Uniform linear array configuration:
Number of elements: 32
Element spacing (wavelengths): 0.5
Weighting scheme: hann
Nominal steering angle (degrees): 60
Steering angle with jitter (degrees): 59.419
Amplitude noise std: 0.05
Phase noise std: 0.05

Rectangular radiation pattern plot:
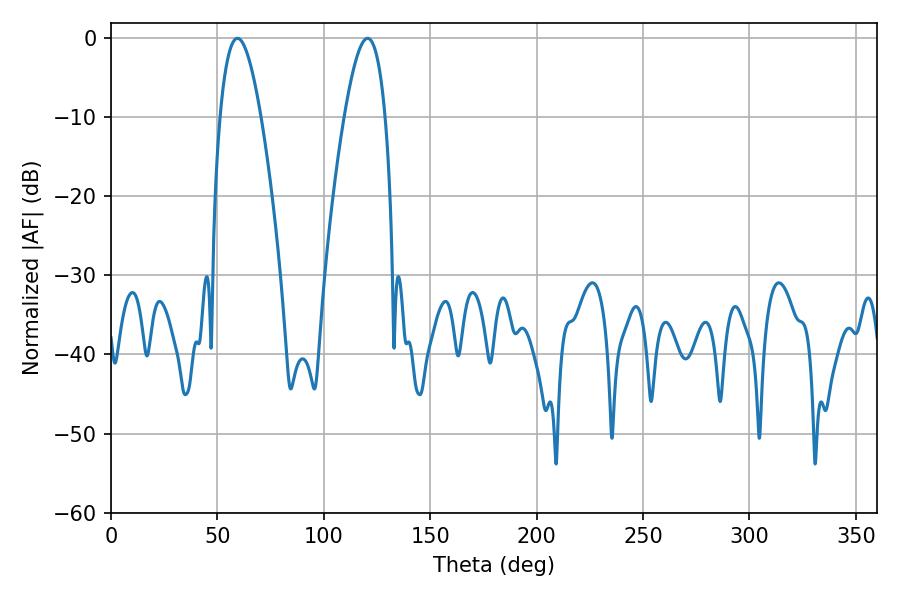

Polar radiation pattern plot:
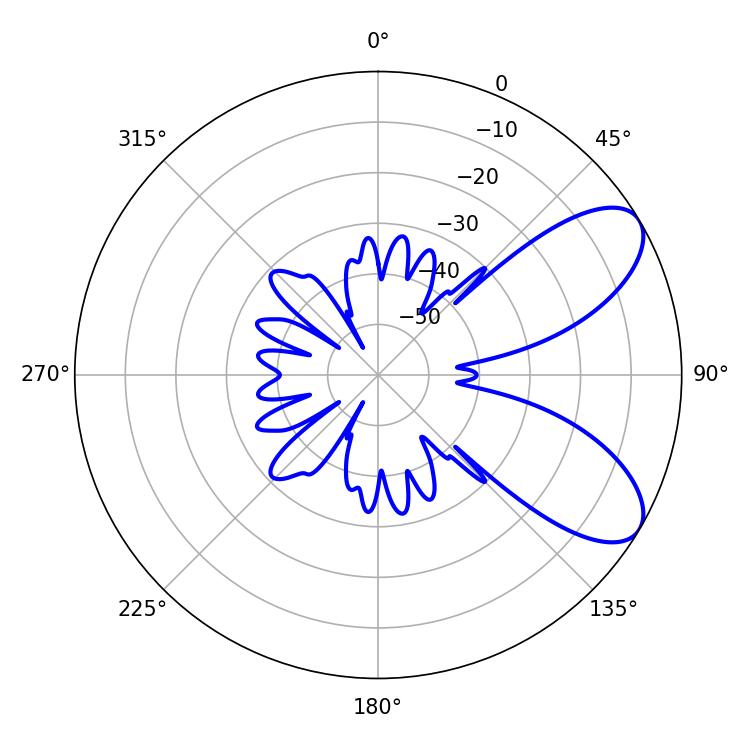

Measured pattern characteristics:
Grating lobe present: FALSE
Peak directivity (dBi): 7.673
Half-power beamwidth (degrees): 10.62
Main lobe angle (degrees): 59.4